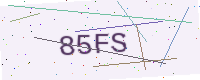
Text: 85FS